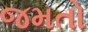
જમતો